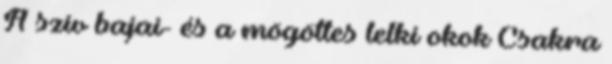
A szív bajai- és a mögöttes lelki okok Csakra